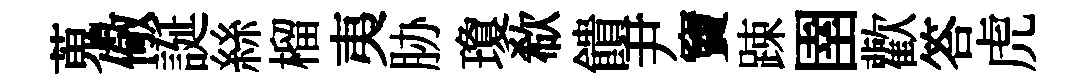
蒐儆誕絲榴夷胁瓊欷饋尹竇踈圉歡答虎